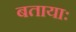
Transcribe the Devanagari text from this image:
बतायाः